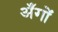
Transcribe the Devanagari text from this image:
अँगों